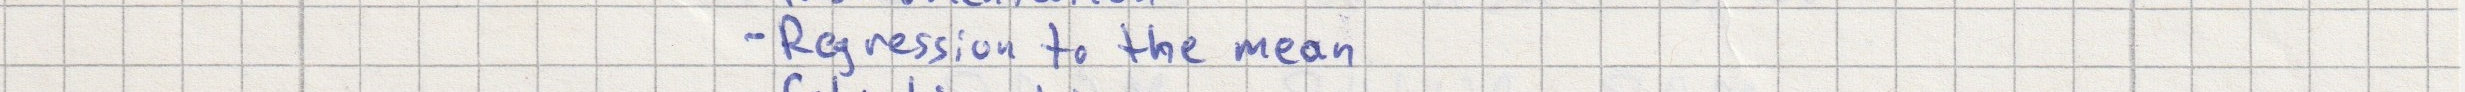
- Regression to the mean